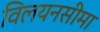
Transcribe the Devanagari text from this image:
विलयनसीमा